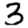
Digit: 3